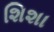
શિશા